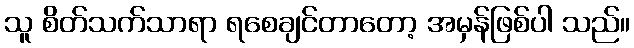
သူ စိတ်သက်သာရာ ရစေချင်တာတော့ အမှန်ဖြစ်ပါ သည်။